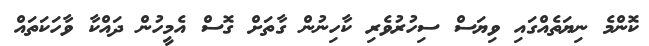
ކޮންމެ ނިޔަތެއްގައި ވިޔަސް ސިހުރުވެރި ކާހިނުން ގާތަށް ގޮސް އެމީހުން ދައްކާ ވާހަކަތައް